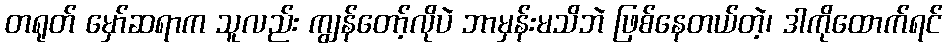
တရုတ် မှော်ဆရာက သူလည်း ကျွန်တော့်လိုပဲ ဘာမှန်းမသိဘဲ ဖြစ်နေတယ်တဲ့၊ ဒါကိုထောက်ရင်